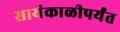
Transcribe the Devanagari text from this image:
सायंकाळीपर्यंत